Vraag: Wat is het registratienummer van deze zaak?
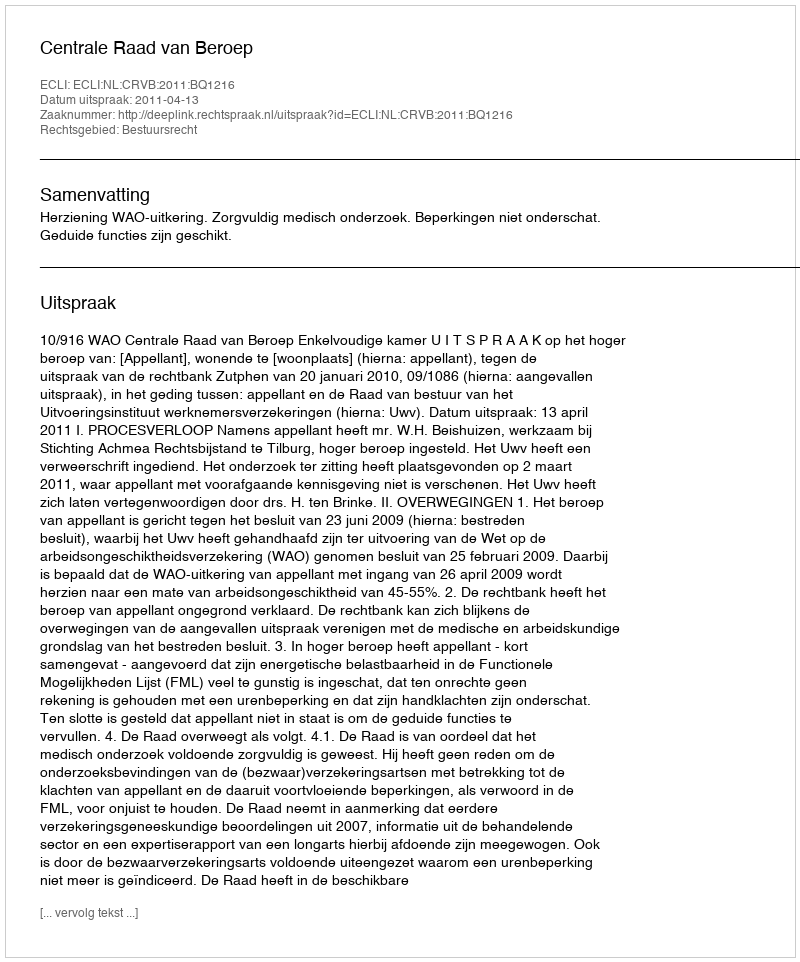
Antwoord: http://deeplink.rechtspraak.nl/uitspraak?id=ECLI:NL:CRVB:2011:BQ1216